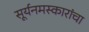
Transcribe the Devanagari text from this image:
सूर्यनमस्कारांचा